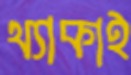
থ্যাকাই